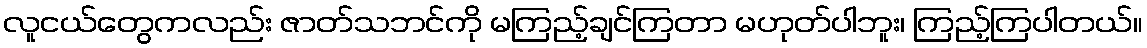
လူငယ်တွေကလည်း ဇာတ်သဘင်ကို မကြည့်ချင်ကြတာ မဟုတ်ပါဘူး၊ ကြည့်ကြပါတယ်။